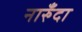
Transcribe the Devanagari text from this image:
नारुँदा